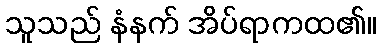
သူသည် နံနက် အိပ်ရာကထ၏။